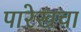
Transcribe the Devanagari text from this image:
पारेखचा